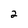
Character: 2